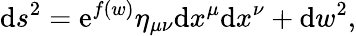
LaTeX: \mathrm{d}s^{2}=\mathrm{e}^{f(w)}\eta_{\mu\nu}\mathrm{d}x^{\mu}\mathrm{d}x^{\nu}+\mathrm{d}w^{2},